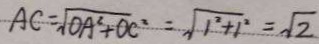
A C = \sqrt { O A ^ { 2 } + O C ^ { 2 } } = \sqrt { 1 ^ { 2 } + 1 ^ { 2 } } = \sqrt { 2 }